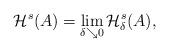
LaTeX: \begin{align*}\mathcal H^s(A) = \lim_{\delta \searrow 0}\mathcal H_\delta^s(A),\end{align*}